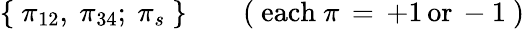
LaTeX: \{ \ \pi_{12},\ \pi_{34};\ \pi_{s}\ \} \qquad(\ \mathrm{each}\ \pi\, =\, +1\, \mathrm{or}\, -1\ )